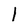
Character: 1